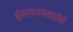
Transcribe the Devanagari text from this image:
हंसराजस्वामींचे